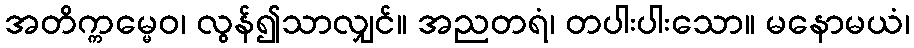
အတိက္ကမ္မေဝ၊ လွန်၍သာလျှင်။ အညတရံ၊ တပါးပါးသော။ မနောမယံ၊